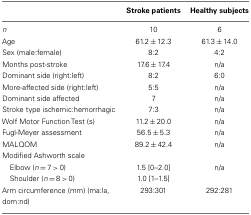
<table><thead><tr><td></td><td><b>Stroke patients</b></td><td><b>Healthy subjects</b></td></tr></thead><tbody><tr><td><i>n</i></td><td>10</td><td>6</td></tr><tr><td>Age</td><td>61.2 ± 12.3</td><td>61.3 ± 14.0</td></tr><tr><td>Sex (male:female)</td><td>8:2</td><td>4:2</td></tr><tr><td>Months post-stroke</td><td>17.6 ± 17.4</td><td>n/a</td></tr><tr><td>Dominant side (right:left)</td><td>8:2</td><td>6:0</td></tr><tr><td>More-affected side (right:left)</td><td>5:5</td><td>n/a</td></tr><tr><td>Dominant side affected</td><td>7</td><td>n/a</td></tr><tr><td>Stroke type ischemic:hemorrhagic</td><td>7:3</td><td>n/a</td></tr><tr><td>Wolf Motor Function Test (s)</td><td>11.2 ± 20.0</td><td>n/a</td></tr><tr><td>Fugl-Meyer assessment</td><td>56.5 ± 5.3</td><td>n/a</td></tr><tr><td>MALQOM</td><td>89.2 ± 42.4</td><td>n/a</td></tr><tr><td>Modified Ashworth scale</td></tr><tr><td> Elbow (<i>n</i> = 7 &gt; 0)</td><td>1.5 [0–2.0]</td><td>n/a</td></tr><tr><td> Shoulder (<i>n</i> = 8 &gt; 0)</td><td>1.0 [1–1.5]</td><td></td></tr><tr><td>Arm circumference (mm) (ma:la, dom:nd)</td><td>293:301</td><td>292:281</td></tr></tbody></table>